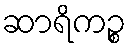
ဆာရိကဉ္စ